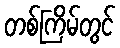
တစ်ကြိမ်တွင်